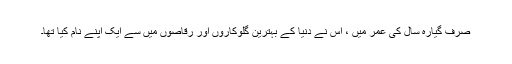
صرف گیارہ سال کی عمر میں ، اس نے دنیا کے بہترین گلوکاروں اور رقاصوں میں سے ایک اپنے نام کیا تھا۔